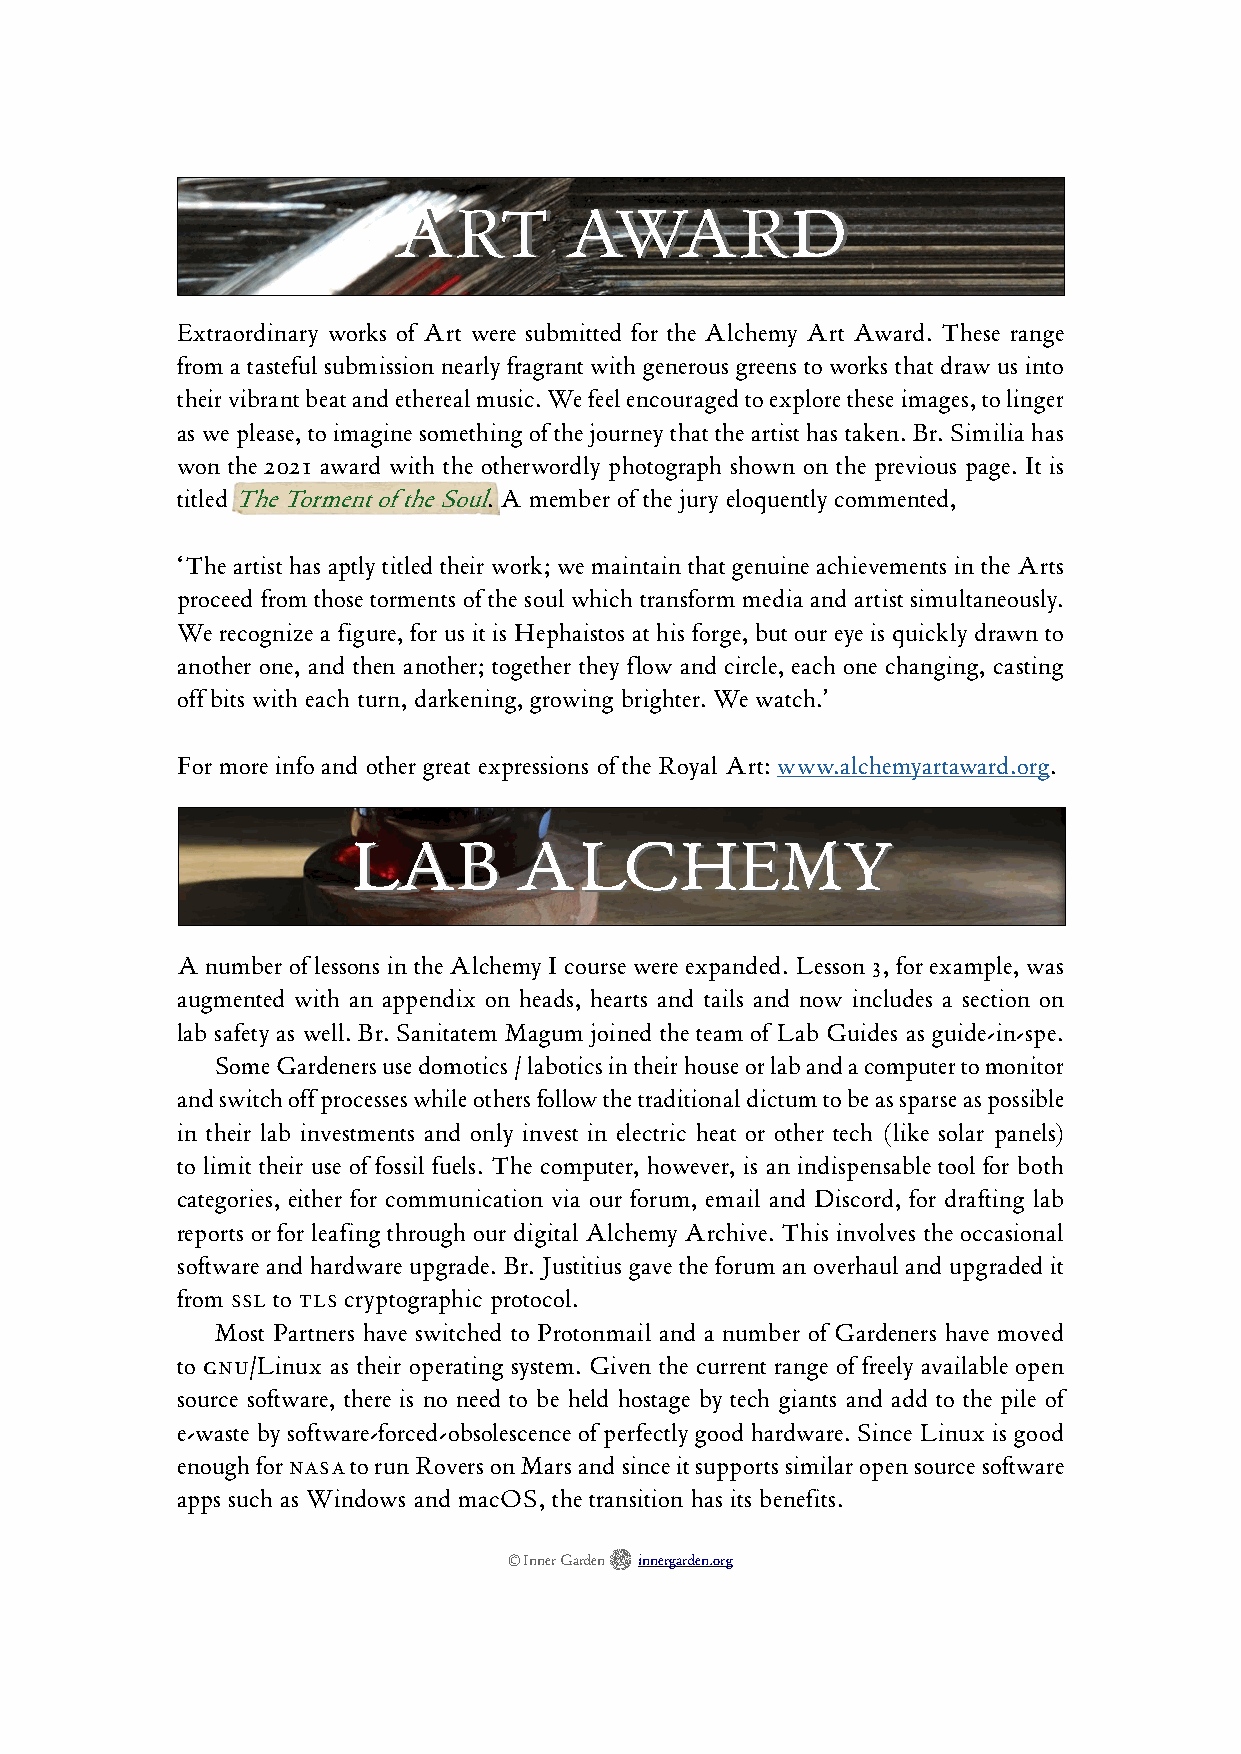
AARRTT     AAWWAARRDD
 Extraordinary works of Art were submitted for the Alchemy Art Award. These range
 from a tasteful submission nearly fragrant with generous greens to works that draw us into
 their vibrant beat and ethereal music. We feel encouraged to explore these images, to linger
 as we please, to imagine something of the journey that the artist has taken. Br. Similia has
 won the 2021 award with the otherwordly photograph shown on the previous page. It is
 titled The Torment of the Soul. A member of the jury eloquently commented,
 ‘The artist has aptly titled their work; we maintain that genuine achievements in the Arts
 proceed from those torments of the soul which transform media and artist simultaneously.
 We recognize a figure, for us it is Hephaistos at his forge, but our eye is quickly drawn to
 another one, and then another; together they flow and circle, each one changing, casting
 off bits with each turn, darkening, growing brighter. We watch.’
 For more info and other great expressions of the Royal Art: www.alchemyartaward.org.
 LLAABB     AALLCCHHEEMMYY
 A number of lessons in the Alchemy I course were expanded. Lesson 3, for example, was
 augmented with an appendix on heads, hearts and tails and now includes a section on
 lab safety as well. Br. Sanitatem Magum joined the team of Lab Guides as guide-in-spe.
 Some Gardeners use domotics / labotics in their house or lab and a computer to monitor
 and switch off processes while others follow the traditional dictum to be as sparse as possible
 in their lab investments and only invest in electric heat or other tech (like solar panels)
 to limit their use of fossil fuels. The computer, however, is an indispensable tool for both
 categories, either for communication via our forum, email and Discord, for drafting lab
 reports or for leafing through our digital Alchemy Archive. This involves the occasional
 software and hardware upgrade. Br. Justitius gave the forum an overhaul and upgraded it
 from SSL to TLS cryptographic protocol.
 Most Partners have switched to Protonmail and a number of Gardeners have moved
 to GNU/Linux as their operating system. Given the current range of freely available open
 source software, there is no need to be held hostage by tech giants and add to the pile of
 e-waste by software-forced-obsolescence of perfectly good hardware. Since Linux is good
 enough for NASA to run Rovers on Mars and since it supports similar open source software
 apps such as Windows and macOS, the transition has its benefits.

 © Inner Garden innergarden.org